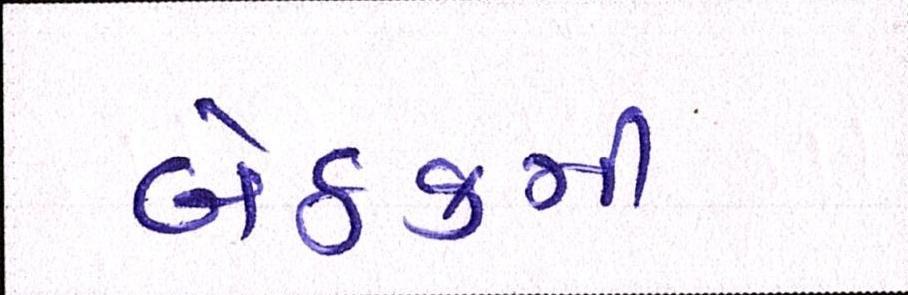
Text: બેઠકની